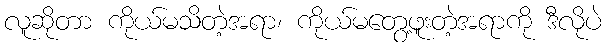
လူဆိုတာ ကိုယ်မသိတဲ့အရာ၊ ကိုယ်မတွေ့ဖူးတဲ့အရာကို ဒီလိုပဲ